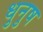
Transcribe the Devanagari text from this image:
धुनुष